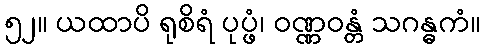
၅၂။ ယထာပိ ရုစိရံ ပုပ္ဖံ၊ ဝဏ္ဏဝန္တံ သဂန္ဓကံ။